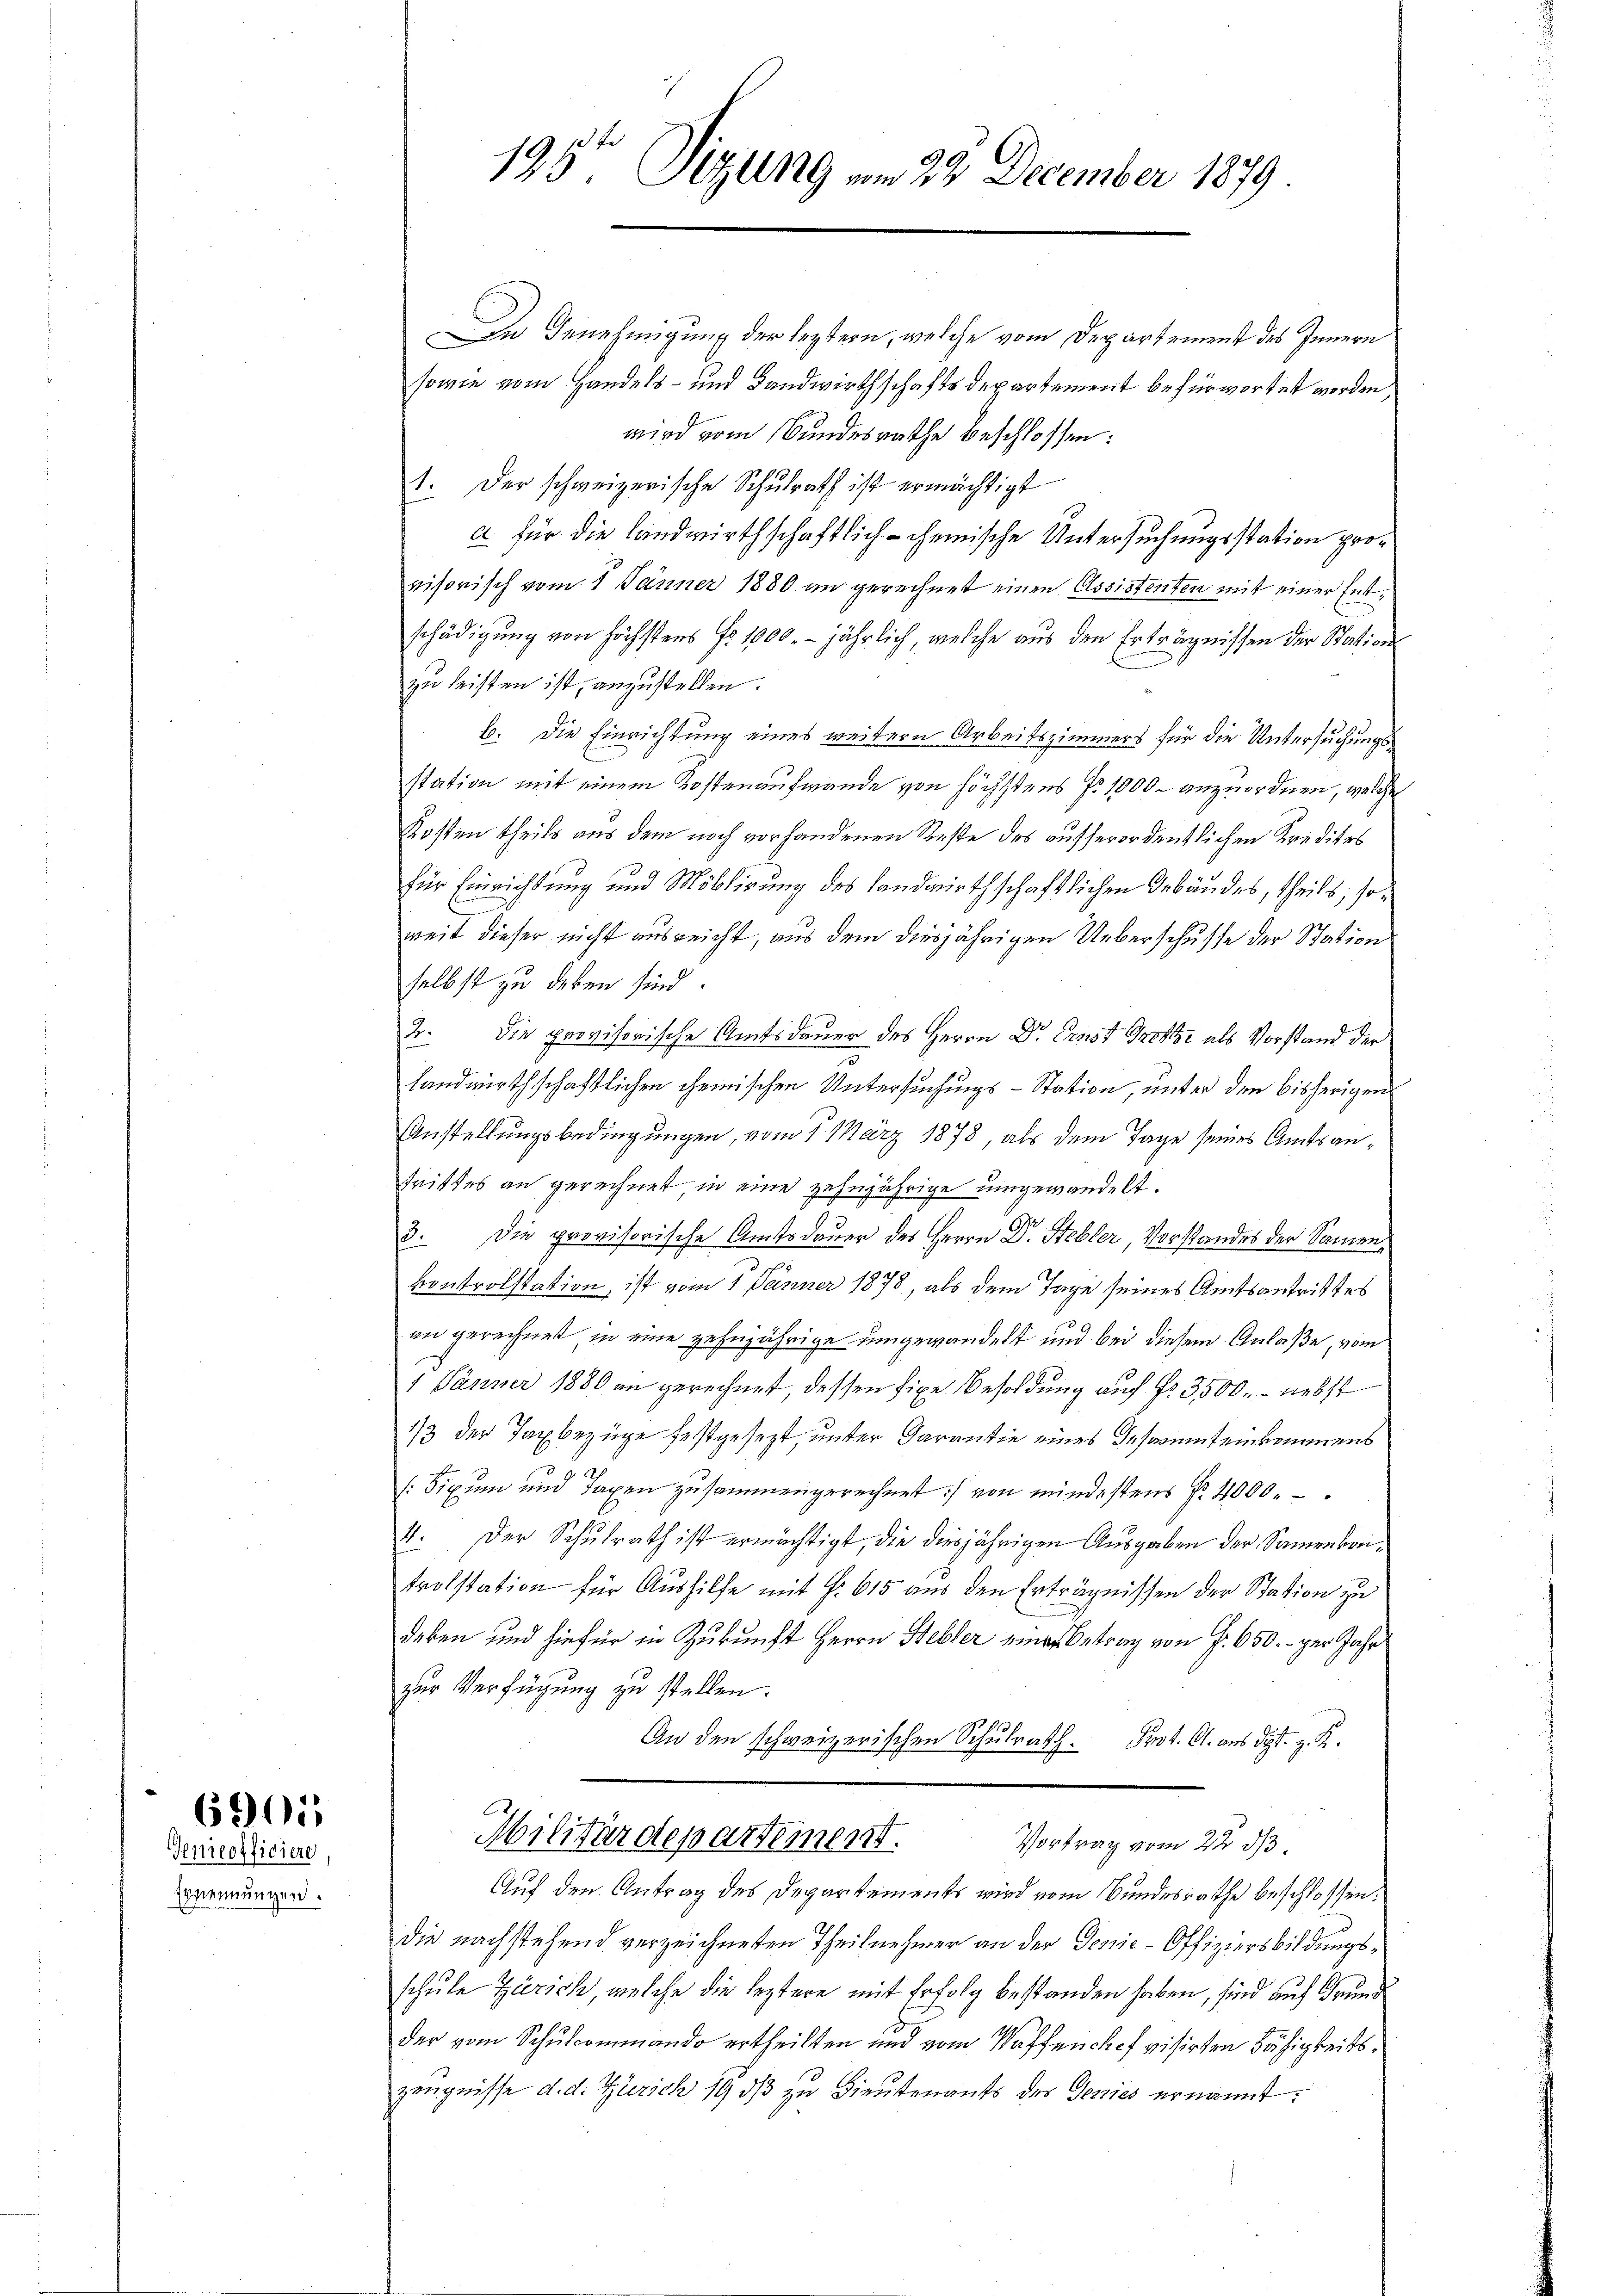
6901

Genicofficiere
Ernennungen.

In Genehmigung der leztern, welche vom Departement des Innern
sowie vom Handels- und Landwirthschaftsdepartement befürwortet worden,
wird vom Bundesrathe beschlossen:
1. Der schweizerische Schulrath ist ermächtigt
a für die Landwirthschaftlich - chemische Untersuchungsstation provisorisch vom 1. Jänner 1880 an gerechnet einen Assistenten mit einer Entschädigung von höchstens Fr. 1000. jährlich, welche aus den Erträgnissen der Stations
zu leisten ist, anzustellen.
b. Die Einrichtung eines weitern Arbeitszimmers für die Untersuchungsstation mit einem Kostenaufwande von höchstens Fr. 1000 – anzuordnen, welche
Kosten theils aus dem noch vorhandenen Reste des ausserordentlichen Kredites
für Einrichtung und Möblirung des Landwirthschaftlichen Gebäudes, theils, soweit dieser nicht ausreicht, aus dem diesjährigen Ueberschusse der Station
selbst zu leben sind.
2. Die provisorische Amtsdauer des Herrn Dr. Ernst Trotze als Vorstand der
landwirthschaftlichen chemischen Untersuchungs-Station, unter den bisherigen
Anstellungsbedingungen, vom 1. März 1878, als dem Tage seines Amtsantrittes an gerechnet in eine zehnjährige umgewandelt.
3. Die provisorische Amtsdauer des Herrn Dr. Stebler, Vorstandes der Samenf
kontrolstation, ist vom 1. Jänner 1878, als dem Tage seines Amtsantrittes
an gerechnet in eine zehnjährige umgewandelt und bei diesem Anlaße, vom
1 Jänner 1880 an gerechnet, dessen fixe Besoldung auf Nr. 3500. - nebst
1/3 der Taxbezüge festgesezt, unter Darantie eines Geserint einkommens
[Sixum und Taxen zusammengerechnet :/ von mindestens Nr. 4000.
4. Der Schulrath ist ermächtigt, die diesjährigen Ausgaben der Sammenbreitrolstation für Aushilfe mit Fr. 615 aus den Erträgnissen der Station zu
deben und hiefür in Zukunft Herrn Stebler einer Betrag von S. 650.- per Jahr
zur Verfügung zu stellen.
An den schweizerischen Schulrath. Prot. Cl. aus der z. R.
Militärdepartement.
Vortrag vom 22. ds.
Auf den Antrag des Departements wird vom Bundesrathe beschlossen:
die nachstehend verzeichneten Theilnehmer an der Genie-Offiziersbildungsschule Zürich, welche die leztere mit Erfolg bestanden haben, sind auf Grund
der vom Schulcommando ertheilten und vom Waffenchef visirten Fähigkeits¬
Zeugnisse d. d. Zürich 19 dβ zu Bieutenants des Genies ernannt:

195te Sitzung vom 22. December 1879.